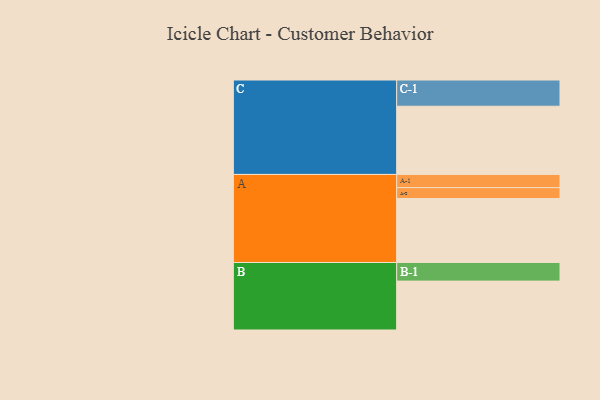
{"axis": {"x": "Segment", "y": "Value"}, "legend": ["", "A", "B", "C"], "data": [{"x": "A", "y": 539, "type": ""}, {"x": "B", "y": 412, "type": ""}, {"x": "C", "y": 575, "type": ""}, {"x": "A-1", "y": 111, "type": "A"}, {"x": "A-2", "y": 92, "type": "A"}, {"x": "B-1", "y": 157, "type": "B"}, {"x": "C-1", "y": 221, "type": "C"}]}